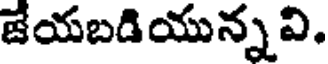
జేయబడియున్న వి.